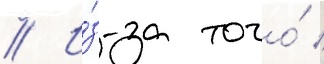
// И́з-за того́ /